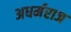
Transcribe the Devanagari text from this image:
अधर्मराज